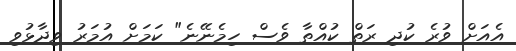
އެއަށް ވުރެ ކުދި ރަތް ކުއްތާ ވެސް ހިމެނޭނެ" ކަމަށް އުމަރު ވިދާޅުވި